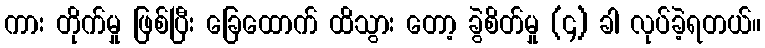
ကား တိုက်မှု ဖြစ်ပြီး ခြေထောက် ထိသွား တော့ ခွဲစိတ်မှု (၄) ခါ လုပ်ခဲ့ရတယ်။